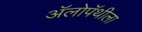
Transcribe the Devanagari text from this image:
अॅलोपॅथीला